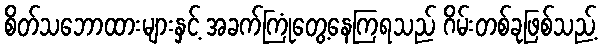
စိတ်သဘောထားများနှင့် အခက်ကြုံတွေ့နေကြရသည် ဂိမ်းတစ်ခုဖြစ်သည့်